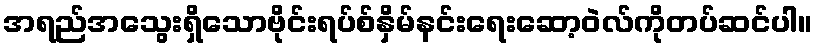
အရည်အသွေးရှိသောဗိုင်းရပ်စ်နှိမ်နင်းရေးဆော့ဝဲလ်ကိုတပ်ဆင်ပါ။